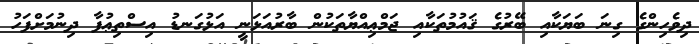
ދިވެހިންގެ ގިނަ ބަޔަކާއި ބޭރުގެ ޤައުމުތަކާއި ޖަމްޢިއްޔާތަކުން ބާރުއަޅަނީ އަޅުގަނޑު އިސްތިޢުފާ ދިނުމަށްފަހު